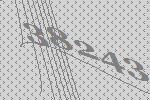
38243